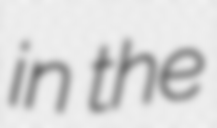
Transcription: in the